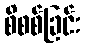
စိစစ်ခြင်း